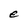
Character: e